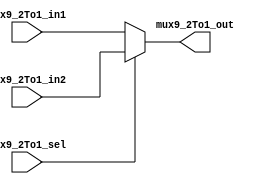
module Mux9_2To1
	(
		input [8:0] mux9_2To1_in1,
		input [8:0] mux9_2To1_in2,
		input mux9_2To1_sel,
		output [8:0] mux9_2To1_out
	);

	assign mux9_2To1_out = mux9_2To1_sel ? mux9_2To1_in2 : mux9_2To1_in1;

endmodule // Mux9_2To1